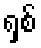
ရှစ်